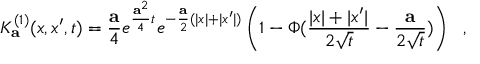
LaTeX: K _ { \bf a } ^ { ( 1 ) } ( x , x ^ { \prime } , t ) = { \frac { \bf a } { 4 } } e ^ { { \frac { { \bf a } ^ { 2 } } { 4 } } t } e ^ { - { \frac { \bf a } { 2 } } ( | x | + | x ^ { \prime } | ) } \left( 1 - \Phi ( { \frac { | x | + | x ^ { \prime } | } { 2 \sqrt { t } } } - { \frac { \bf a } { 2 \sqrt { t } } } ) \right) ~ ~ ,